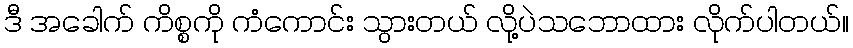
ဒီ အခေါက် ကိစ္စကို ကံကောင်း သွားတယ် လို့ပဲသဘောထား လိုက်ပါတယ်။